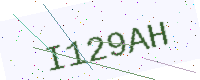
Text: I129AH